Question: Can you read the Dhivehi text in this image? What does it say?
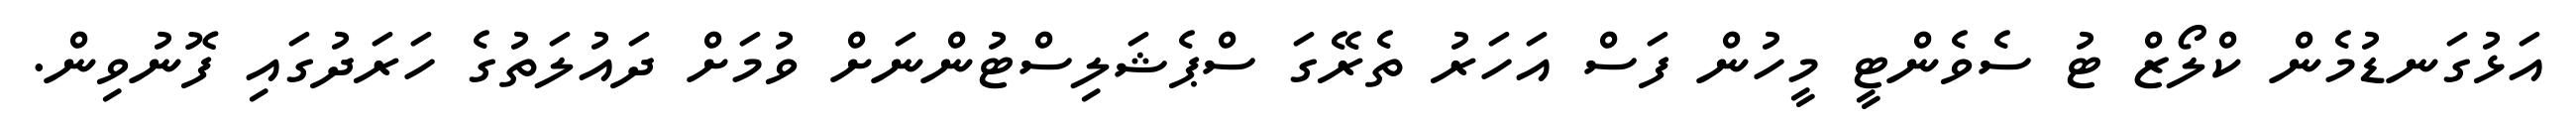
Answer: އަޅުގަނޑުމެން ކްލޯޒް ޓު ސެވެންޓީ މީހުން ފަސް އަހަރު ތެރޭގަ ސްޕެޝަލިސްޓުންނަށް ވުމަށް ދައުލަތުގެ ހަރަދުގައި ފޮނުވިން.